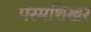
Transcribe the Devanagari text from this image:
परमशिखर